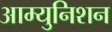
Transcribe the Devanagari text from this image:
आम्युनिशन